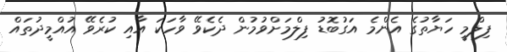
ފިލްމީ ހަޔާތުގެ އެންމެ އަގުބޮޑު ފިލްމަށްވުމުން ދެކެވޭ ވާހަކަ އާއި ކުރެވޭ އުއްމީދުތައް